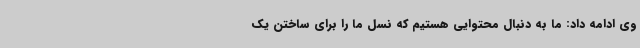
وی ادامه داد: ما به دنبال محتوایی هستیم که نسل ما را برای ساختن یک